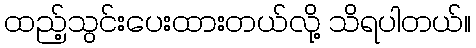
ထည့်သွင်းပေးထားတယ်လို့ သိရပါတယ်။